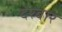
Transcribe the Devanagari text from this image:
देरबार